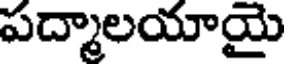
పద్మాలయాయై